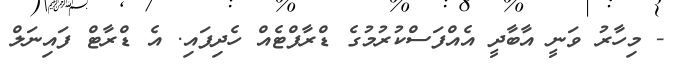
- މިހާރު ވަނީ އާބާދީ އެއްފަސްކުރުމުގެ ޑްރާފްޓެއް ހެދިފައި. އެ ޑްރާޓް ފައިނަލް